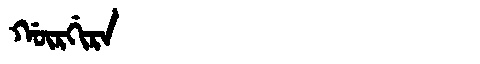
Manchu: ᡤᡡᡵᡤᡳᡵᠠ
Romanization: GŪRGIRA